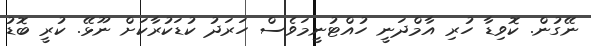
ނޭގުން. ކޮވިޑާ ހުރި އާމްދަނީ ހުއްޓުނީމަވެސް ހަރަދު ކުޑަކުރާކަށް ނޫޅޭ. ކުރީ ބޮޑު